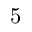
5